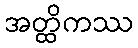
အတ္ထိကဿ